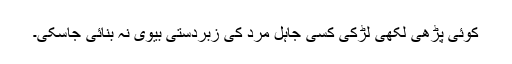
کوئی پڑھی لکھی لڑکی کسی جاہل مرد کی زبردستی بیوی نہ بنائی جاسکی۔